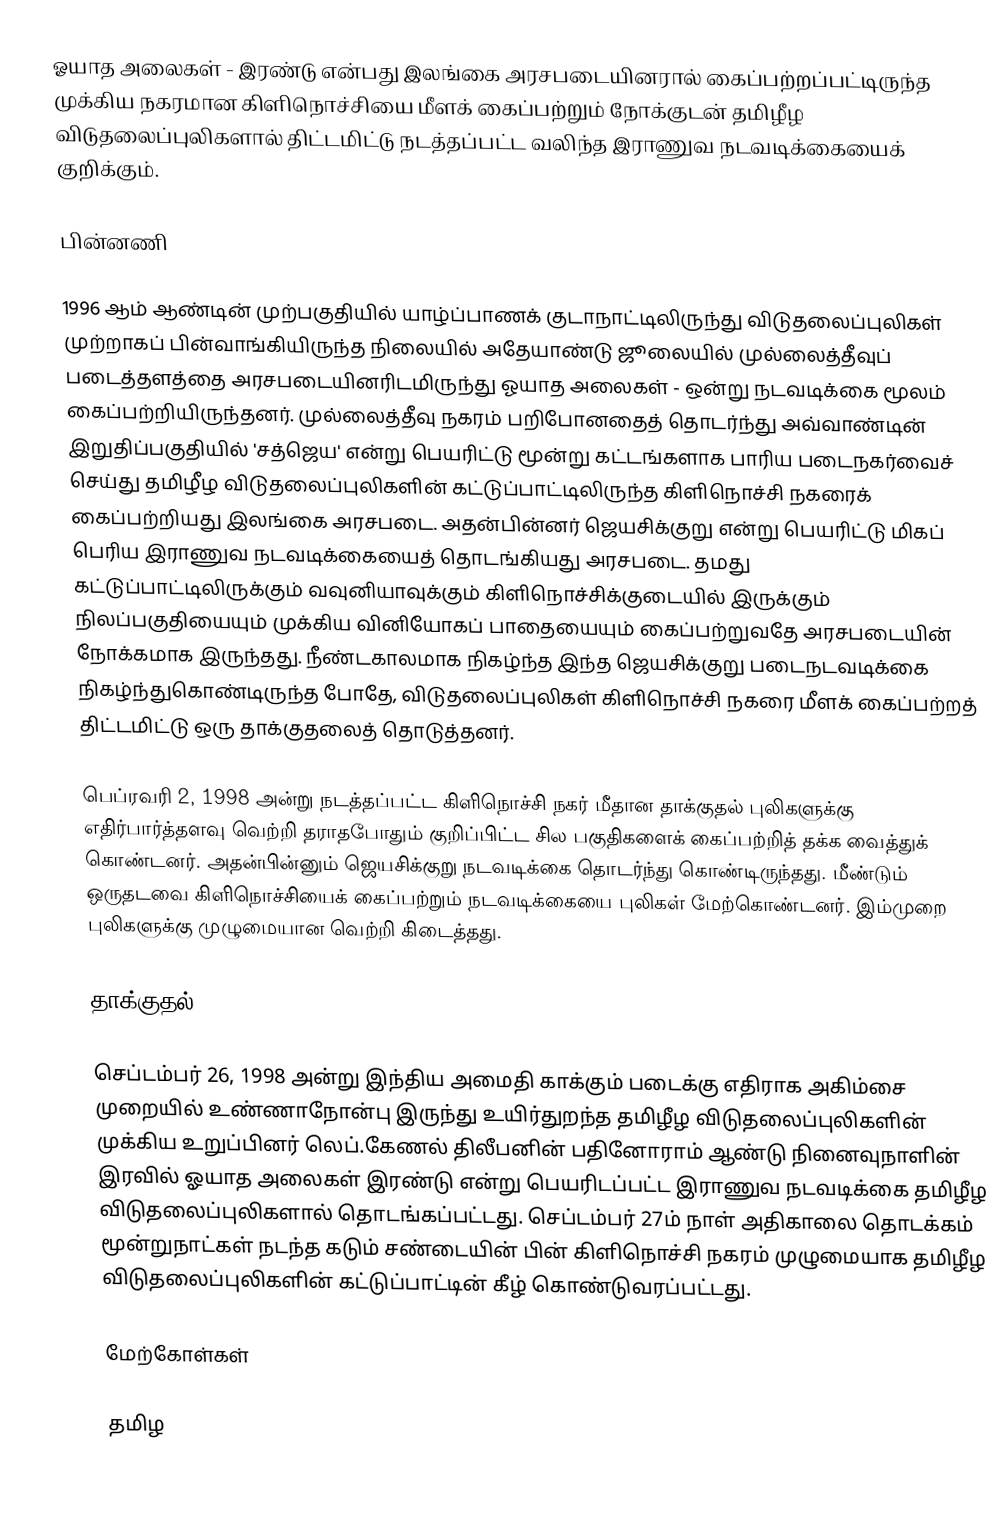
ஓயாத அலைகள் -  இரண்டு என்பது இலங்கை அரசபடையினரால் கைப்பற்றப்பட்டிருந்த முக்கிய நகரமான கிளிநொச்சியை மீளக் கைப்பற்றும் நோக்குடன் தமிழீழ விடுதலைப்புலிகளால் திட்டமிட்டு நடத்தப்பட்ட வலிந்த இராணுவ நடவடிக்கையைக் குறிக்கும்.

பின்னணி

1996 ஆம் ஆண்டின் முற்பகுதியில் யாழ்ப்பாணக் குடாநாட்டிலிருந்து விடுதலைப்புலிகள் முற்றாகப் பின்வாங்கியிருந்த நிலையில் அதேயாண்டு ஜூலையில் முல்லைத்தீவுப் படைத்தளத்தை அரசபடையினரிடமிருந்து ஓயாத அலைகள் - ஒன்று நடவடிக்கை மூலம் கைப்பற்றியிருந்தனர். முல்லைத்தீவு நகரம் பறிபோனதைத் தொடர்ந்து அவ்வாண்டின் இறுதிப்பகுதியில் 'சத்ஜெய' என்று பெயரிட்டு மூன்று கட்டங்களாக பாரிய படைநகர்வைச் செய்து தமிழீழ விடுதலைப்புலிகளின் கட்டுப்பாட்டிலிருந்த கிளிநொச்சி நகரைக் கைப்பற்றியது இலங்கை அரசபடை. அதன்பின்னர் ஜெயசிக்குறு என்று பெயரிட்டு மிகப் பெரிய இராணுவ நடவடிக்கையைத் தொடங்கியது அரசபடை. தமது கட்டுப்பாட்டிலிருக்கும் வவுனியாவுக்கும் கிளிநொச்சிக்குடையில் இருக்கும் நிலப்பகுதியையும் முக்கிய வினியோகப் பாதையையும் கைப்பற்றுவதே அரசபடையின் நோக்கமாக இருந்தது. நீண்டகாலமாக நிகழ்ந்த இந்த ஜெயசிக்குறு படைநடவடிக்கை நிகழ்ந்துகொண்டிருந்த போதே, விடுதலைப்புலிகள் கிளிநொச்சி நகரை மீளக் கைப்பற்றத் திட்டமிட்டு ஒரு தாக்குதலைத் தொடுத்தனர்.

பெப்ரவரி 2, 1998 அன்று நடத்தப்பட்ட கிளிநொச்சி நகர் மீதான தாக்குதல் புலிகளுக்கு எதிர்பார்த்தளவு வெற்றி தராதபோதும் குறிப்பிட்ட சில பகுதிகளைக் கைப்பற்றித் தக்க வைத்துக் கொண்டனர். அதன்பின்னும் ஜெயசிக்குறு நடவடிக்கை தொடர்ந்து கொண்டிருந்தது. மீண்டும் ஒருதடவை கிளிநொச்சியைக் கைப்பற்றும் நடவடிக்கையை புலிகள் மேற்கொண்டனர். இம்முறை புலிகளுக்கு முழுமையான வெற்றி கிடைத்தது.

தாக்குதல்

செப்டம்பர் 26, 1998 அன்று இந்திய அமைதி காக்கும் படைக்கு எதிராக அகிம்சை முறையில் உண்ணாநோன்பு இருந்து உயிர்துறந்த தமிழீழ விடுதலைப்புலிகளின் முக்கிய உறுப்பினர் லெப்.கேணல் திலீபனின் பதினோராம் ஆண்டு நினைவுநாளின் இரவில் ஓயாத அலைகள் இரண்டு என்று பெயரிடப்பட்ட இராணுவ நடவடிக்கை தமிழீழ விடுதலைப்புலிகளால் தொடங்கப்பட்டது. செப்டம்பர் 27ம் நாள் அதிகாலை தொடக்கம் மூன்றுநாட்கள் நடந்த கடும் சண்டையின் பின் கிளிநொச்சி நகரம் முழுமையாக தமிழீழ விடுதலைப்புலிகளின் கட்டுப்பாட்டின் கீழ் கொண்டுவரப்பட்டது.

மேற்கோள்கள்

தமிழ